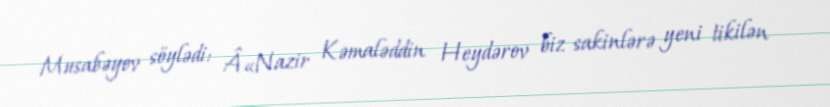
Musabəyov söylədi: Â«Nazir Kəmaləddin Heydərov biz sakinlərə yeni tikilən